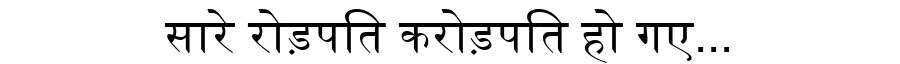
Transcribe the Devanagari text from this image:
सारे रोड़पति करोड़पति हो गए...